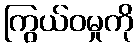
ကြွယ်ဝမှုကို